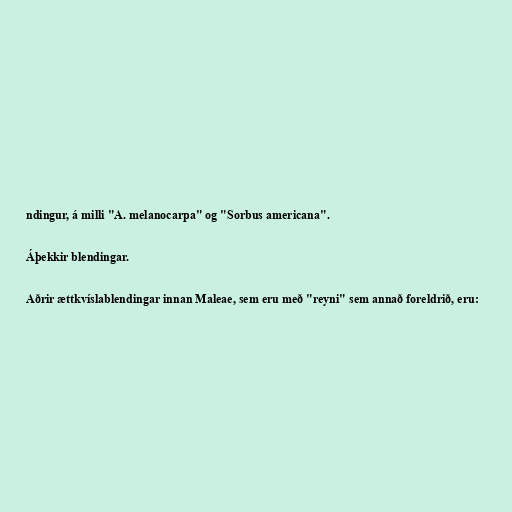
ndingur, á milli "A. melanocarpa" og "Sorbus americana".

Áþekkir blendingar.

Aðrir ættkvíslablendingar innan Maleae, sem eru með "reyni" sem annað foreldrið, eru: